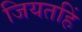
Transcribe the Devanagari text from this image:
जियतहिं